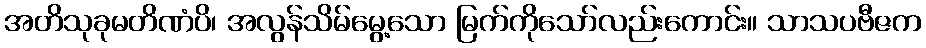
အတိသုခုမတိဏံပိ၊ အလွန်သိမ်မွေ့သော မြက်ကိုသော်လည်းကောင်း။ သာသပဗီဇက